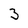
Character: 3